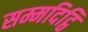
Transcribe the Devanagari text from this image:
सम्मदिट्ठि